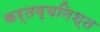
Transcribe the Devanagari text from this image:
कर्तव्यनिश्त